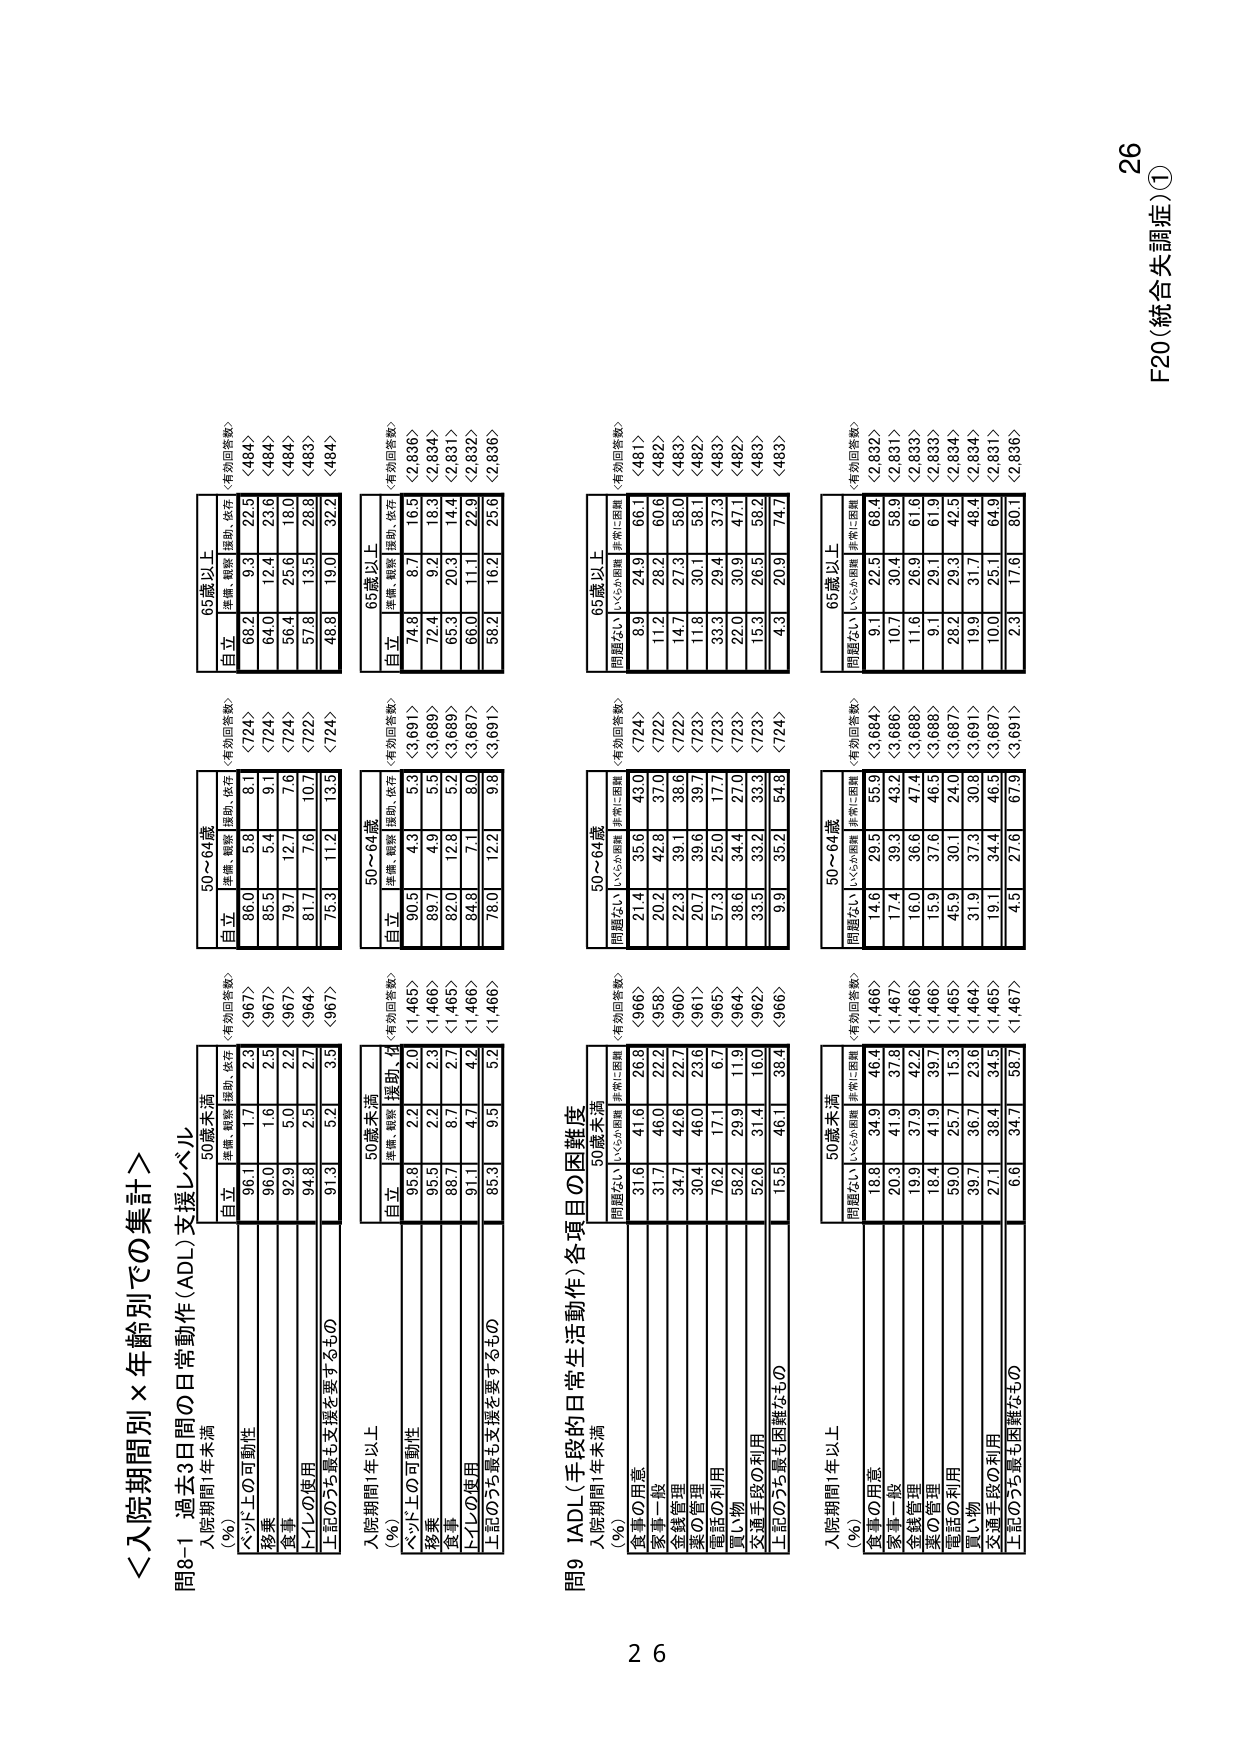
＜入院期間別×年齢別での集計＞
問8-1 過去3日間の日常生活動作（ADL）支援レベル
入院期間1年未満
（％）
50歳未満
自立
準備、観察
援助、依存
〈有効回答数〉
96.1
1.7
2.3
〈967〉
移乗
96.0
1.6
2.5
〈967〉
食事
92.9
5.0
2.2
〈967〉
トイレの使用
94.8
2.5
2.7
〈964〉
上記のうち最も支援を要するもの
91.3
5.2
3.5
〈967〉
入院期間1年以上
（％）
50歳未満
自立
準備、観察
援助、依存
〈有効回答数〉
95.8
2.2
2.0
〈1,466〉
移乗
95.5
2.2
2.3
〈1,466〉
食事
88.7
8.7
2.7
〈1,466〉
トイレの使用
91.1
4.7
4.2
〈1,466〉
上記のうち最も支援を要するもの
95.3
9.5
5.2
〈1,466〉
50～64歳
自立
準備、観察
援助、依存
〈有効回答数〉
86.0
5.8
8.1
〈724〉
移乗
85.5
5.4
9.1
〈724〉
食事
79.7
12.7
7.6
〈724〉
トイレの使用
81.7
7.6
10.7
〈722〉
上記のうち最も支援を要するもの
75.3
11.2
13.5
〈724〉
65歳以上
自立
準備、観察
援助、依存
〈有効回答数〉
68.2
9.3
22.5
〈484〉
移乗
64.0
12.4
23.6
〈484〉
食事
56.4
25.6
18.0
〈484〉
トイレの使用
57.8
13.5
28.8
〈483〉
上記のうち最も支援を要するもの
48.8
19.0
32.2
〈484〉
50～64歳
自立
準備、観察
援助、依存
〈有効回答数〉
90.5
4.3
5.3
〈3,691〉
移乗
89.7
4.9
5.5
〈3,689〉
食事
82.0
12.8
5.2
〈3,689〉
トイレの使用
84.8
7.1
8.0
〈3,687〉
上記のうち最も支援を要するもの
78.0
12.2
9.8
〈3,691〉
65歳以上
自立
準備、観察
援助、依存
〈有効回答数〉
74.8
8.7
16.5
〈2,836〉
移乗
72.4
9.2
18.3
〈2,834〉
食事
65.3
20.3
14.4
〈2,831〉
トイレの使用
66.0
11.1
22.9
〈2,832〉
上記のうち最も支援を要するもの
58.2
16.2
25.6
〈2,836〉
問9 IADL（手段的日常生活動作）各項目の困難度
入院期間1年未満
（％）
50歳未満
問題ない
いくらか困難
非常に困難
〈有効回答数〉
31.6
41.6
26.8
〈966〉
食事の用意
31.7
46.0
22.2
〈958〉
家事一般
34.7
42.6
22.7
〈960〉
金銭管理
30.4
46.0
23.6
〈961〉
薬の管理
76.2
17.1
6.7
〈965〉
電話の利用
58.2
29.9
11.9
〈964〉
買い物
52.6
31.4
16.0
〈962〉
交通手段の利用
15.5
46.1
38.4
〈966〉
上記のうち最も困難なもの
50～64歳
問題ない
いくらか困難
非常に困難
〈有効回答数〉
21.4
35.6
43.0
〈724〉
食事の用意
20.2
42.8
37.0
〈722〉
家事一般
22.3
39.1
38.6
〈722〉
金銭管理
20.7
39.6
39.7
〈723〉
薬の管理
57.3
25.0
17.7
〈723〉
電話の利用
38.6
34.4
27.0
〈723〉
買い物
33.5
33.2
33.3
〈723〉
交通手段の利用
9.9
35.2
54.9
〈724〉
上記のうち最も困難なもの
65歳以上
問題ない
いくらか困難
非常に困難
〈有効回答数〉
8.9
24.9
66.1
〈481〉
食事の用意
11.2
28.2
60.6
〈482〉
家事一般
14.7
27.3
58.0
〈482〉
金銭管理
11.8
30.1
58.1
〈482〉
薬の管理
33.3
29.4
37.3
〈483〉
電話の利用
22.0
30.9
47.1
〈482〉
買い物
15.3
26.5
58.2
〈483〉
交通手段の利用
4.3
20.9
74.7
〈482〉
上記のうち最も困難なもの
入院期間1年以上
（％）
50歳未満
問題ない
いくらか困難
非常に困難
〈有効回答数〉
18.8
34.9
46.4
〈1,466〉
食事の用意
20.3
41.9
37.8
〈1,467〉
家事一般
19.9
37.9
42.2
〈1,466〉
金銭管理
18.4
41.9
39.7
〈1,466〉
薬の管理
59.0
25.7
15.3
〈1,465〉
電話の利用
39.7
36.7
23.6
〈1,464〉
買い物
27.1
38.4
34.5
〈1,465〉
交通手段の利用
6.6
34.7
58.7
〈1,467〉
上記のうち最も困難なもの
50～64歳
問題ない
いくらか困難
非常に困難
〈有効回答数〉
14.6
29.5
55.9
〈3,684〉
食事の用意
17.4
39.3
43.2
〈3,686〉
家事一般
16.0
36.6
47.4
〈3,688〉
金銭管理
15.9
37.6
46.5
〈3,688〉
薬の管理
45.9
30.1
24.0
〈3,687〉
電話の利用
31.9
37.3
30.8
〈3,691〉
買い物
19.1
34.4
46.5
〈3,687〉
交通手段の利用
4.5
27.6
67.9
〈3,691〉
上記のうち最も困難なもの
65歳以上
問題ない
いくらか困難
非常に困難
〈有効回答数〉
9.1
22.5
68.4
〈2,832〉
食事の用意
10.7
30.4
58.9
〈2,831〉
家事一般
11.6
26.9
61.6
〈2,833〉
金銭管理
9.1
29.1
61.9
〈2,833〉
薬の管理
28.2
29.3
42.5
〈2,834〉
電話の利用
19.9
31.7
48.4
〈2,834〉
買い物
10.0
25.1
64.9
〈2,831〉
交通手段の利用
2.3
17.6
80.1
〈2,836〉
上記のうち最も困難なもの
26
F20（統合失調症）①